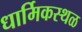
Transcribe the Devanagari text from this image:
धार्मिकस्थळ